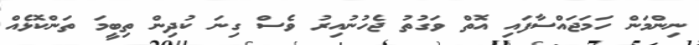
ނިންމަން ހަމަޖައްސާފައި އޮތް ވަގުތު ޖެހުނުއިރު ވެސް ގިނަ ކުދިން ތިބީމަ ތަންކޮޅެއް